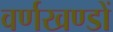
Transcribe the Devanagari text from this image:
वर्णखण्डों